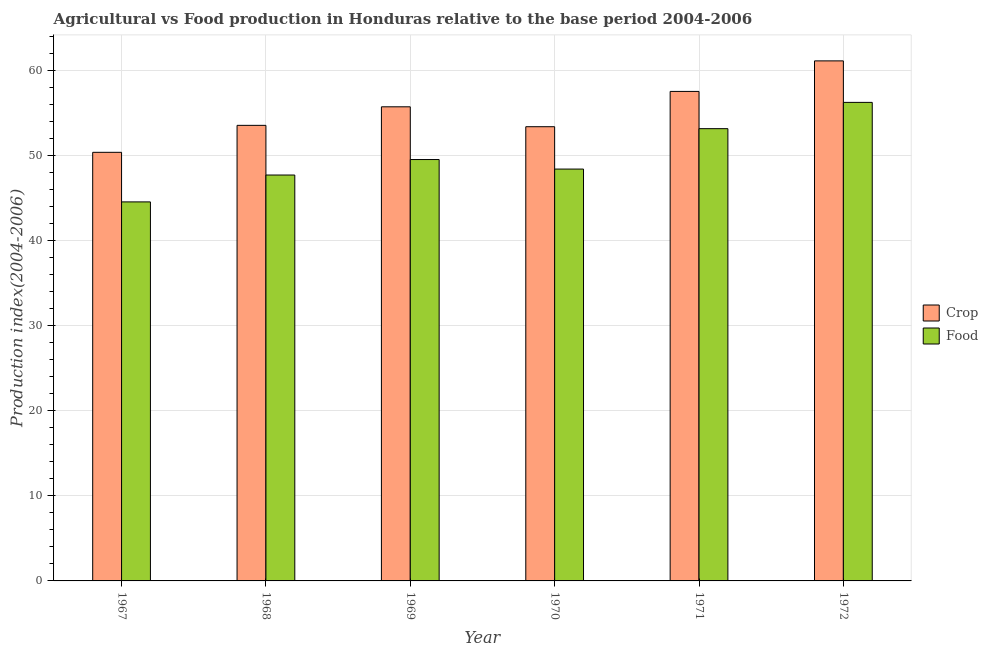
| Year | Crop | Food |
 | --- | --- | --- |
 | 1967 | 50.4 | 44.6 |
 | 1968 | 53.6 | 47.7 |
 | 1969 | 55.7 | 49.5 |
 | 1970 | 53.4 | 48.4 |
 | 1971 | 57.5 | 53.2 |
 | 1972 | 61.1 | 56.3 |